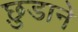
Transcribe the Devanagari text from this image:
छ़ुडाने